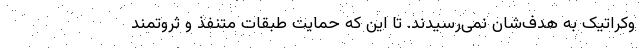
وکراتیک به هدف‌شان نمی‌رسیدند. تا این که حمایت طبقات متنفذ و ثروتمند